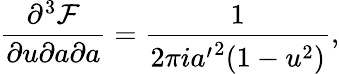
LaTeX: {\frac{\partial^{3}{\cal F}}{\partial u\partial a\partial a}}={\frac{1}{2\pi i{a^{\prime}}^{2}(1-u^{2})}},